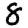
Digit: 8